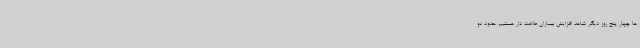
ها چهار پنج روز دیگر شاهد افزایش بیماران علامت دار هستیم، حدود دو